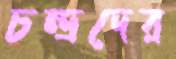
চন্দ্রদের